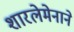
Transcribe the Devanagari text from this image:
शारलेमेनाने